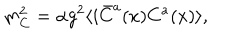
LaTeX: m _ { C } ^ { 2 } = \alpha g ^ { 2 } \langle i \bar { C } ^ { a } ( x ) C ^ { a } ( x ) \rangle ,